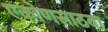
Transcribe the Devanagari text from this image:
एकोणसाठवा